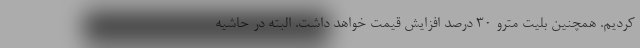
کردیم. همچنین بلیت مترو ۳۰ درصد افزایش قیمت خواهد داشت. البته در حاشیه